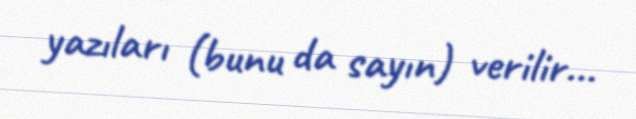
yazıları (bunu da sayın) verilir...